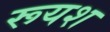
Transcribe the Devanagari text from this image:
रूयश